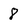
Character: 8